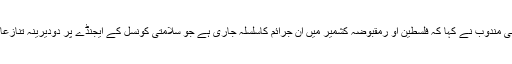
پاکستانی مندوب نے کہا کہ فلسطین او رمقبوضہ کشمیر میں ان جرائم کاسلسلہ جاری ہے جو سلامتی کونسل کے ایجنڈے پر دودیرینہ تنازعات ہیں۔